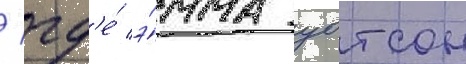
/ гд'е́ э́мма уотсон